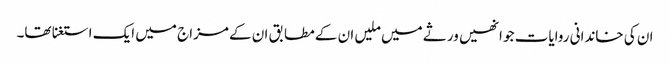
ان کی خاندانی روایات جو انھیں ورثے میں ملیں ان کے مطابق ان کے مزاج میں ایک استغنا تھا۔